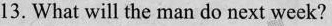
13. What will the man do next week?